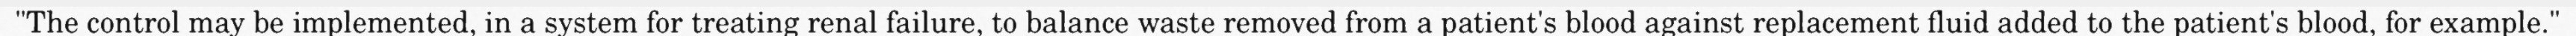
"The control may be implemented, in a system for treating renal failure, to balance waste removed from a patient's blood against replacement fluid added to the patient's blood, for example."